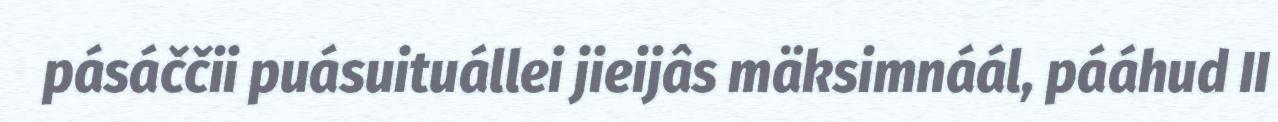
pásáččii puásuituállei jieijâs mäksimnáál, pááhud II